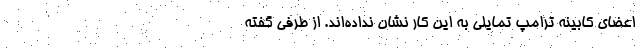
اعضای کابینه ترامپ تمایلی به این کار نشان نداده‌اند. از طرفی گفته